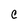
Character: C